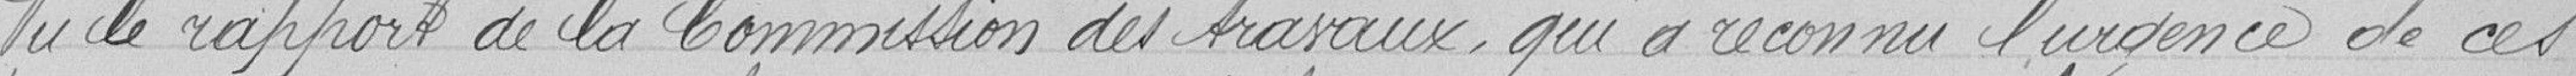
Vu le rapport de la Commission des travaux, qui a reconnu l'urgence de ces